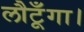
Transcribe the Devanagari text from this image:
लौटूँगा।